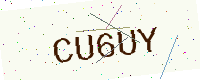
Text: CU6UY